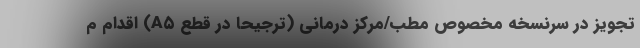
تجویز در سرنسخه مخصوص مطب/مرکز درمانی (ترجیحا در قطع A۵) اقدام ‌م